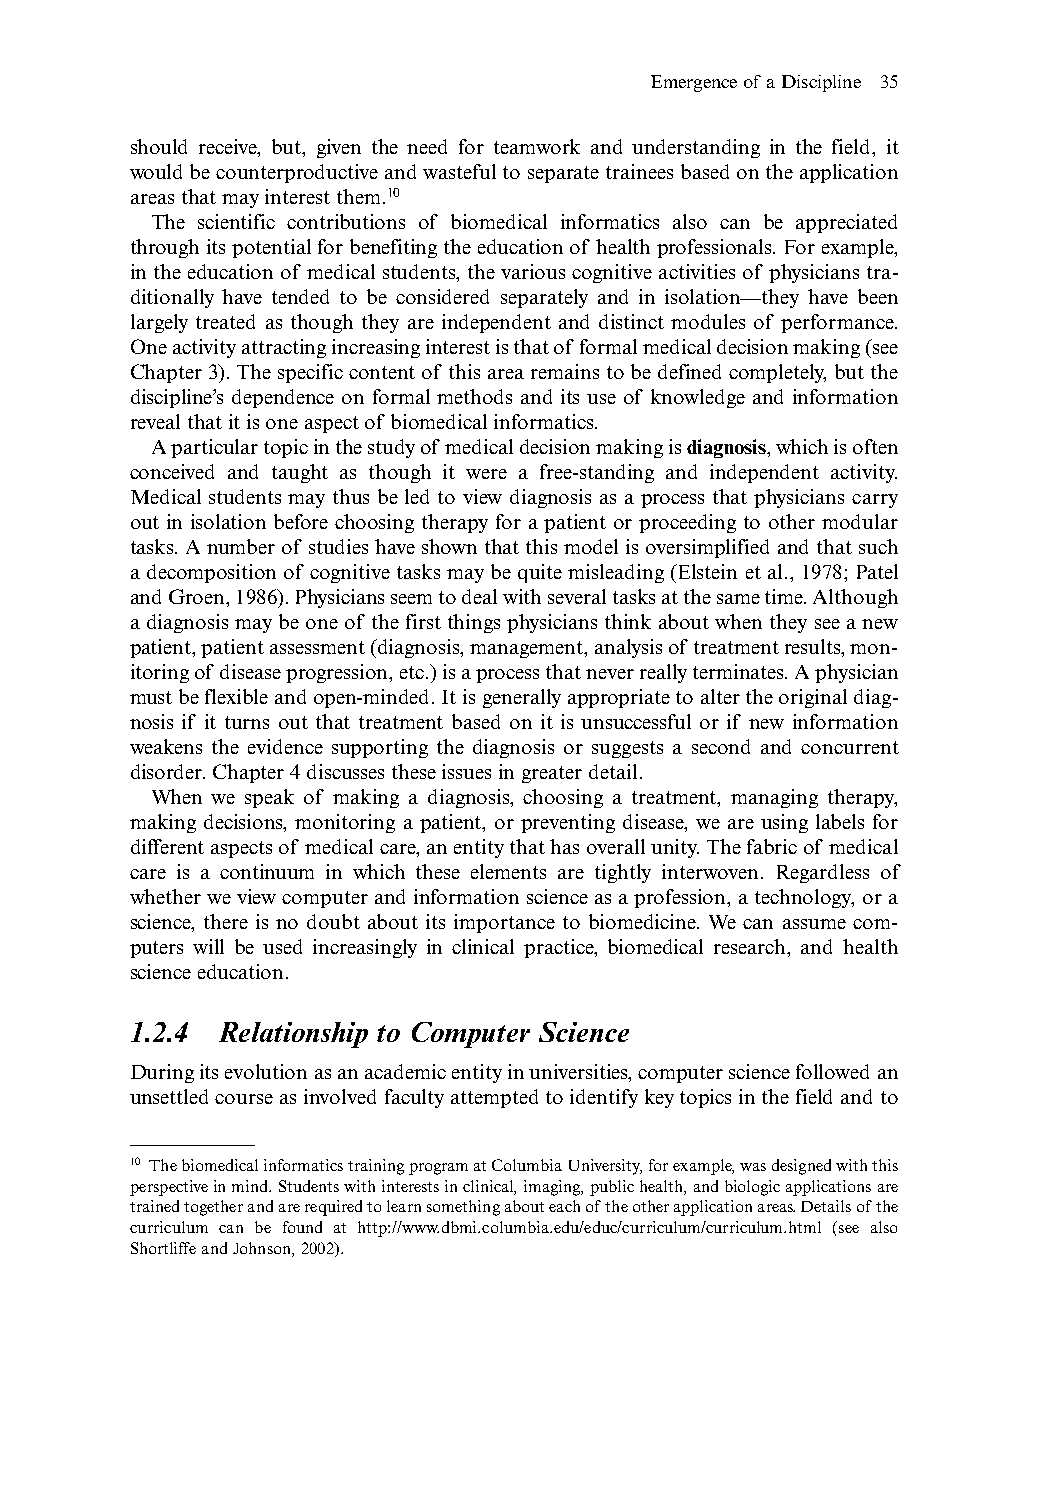
Emergence of a Discipline 35
 should receive, but, given the need for teamwork and understanding in the field, it
 would be counterproductive and wasteful to separate trainees based on the application
 areas that may interest them.10
 The scientific contributions of biomedical informatics also can be appreciated
 through its potential for benefiting the education of health professionals.For example,
 in the education of medical students, the various cognitive activities of physicians tra-
 ditionally have tended to be considered separately and in isolation—they have been
 largely treated as though they are independent and distinct modules of performance.
 One activity attracting increasing interest is that of formal medical decision making (see
 Chapter 3).The specific content of this area remains to be defined completely,but the
 discipline’s dependence on formal methods and its use of knowledge and information
 reveal that it is one aspect of biomedical informatics.
 A particular topic in the study of medical decision making is diagnosis,which is often
 conceived and taught as though it were a free-standing and independent activity.
 Medical students may thus be led to view diagnosis as a process that physicians carry
 out in isolation before choosing therapy for a patient or proceeding to other modular
 tasks.A number of studies have shown that this model is oversimplified and that such
 a decomposition of cognitive tasks may be quite misleading (Elstein et al., 1978; Patel
 and Groen,1986).Physicians seem to deal with several tasks at the same time.Although
 a diagnosis may be one of the first things physicians think about when they see a new
 patient,patient assessment (diagnosis,management,analysis of treatment results,mon-
 itoring of disease progression,etc.) is a process that never really terminates.A physician
 must be flexible and open-minded.It is generally appropriate to alter the original diag-
 nosis if it turns out that treatment based on it is unsuccessful or if new information
 weakens the evidence supporting the diagnosis or suggests a second and concurrent
 disorder.Chapter 4 discusses these issues in greater detail.
 When we speak of making a diagnosis, choosing a treatment, managing therapy,
 making decisions, monitoring a patient, or preventing disease, we are using labels for
 different aspects of medical care,an entity that has overall unity.The fabric of medical
 care is a continuum in which these elements are tightly interwoven. Regardless of
 whether we view computer and information science as a profession,a technology,or a
 science, there is no doubt about its importance to biomedicine. We can assume com-
 puters will be used increasingly in clinical practice, biomedical research, and health
 science education.
 1.2.4 Relationship to Computer Science
 During its evolution as an academic entity in universities,computer science followed an
 unsettled course as involved faculty attempted to identify key topics in the field and to
 10 The biomedical informatics training program at Columbia University,for example,was designed with this
 perspective in mind.Students with interests in clinical,imaging,public health,and biologic applications are
 trained together and are required to learn something about each ofthe other application areas.Details ofthe
 curriculum can be found at http://www.dbmi.columbia.edu/educ/curriculum/curriculum.html (see also
 Shortliffe and Johnson,2002).